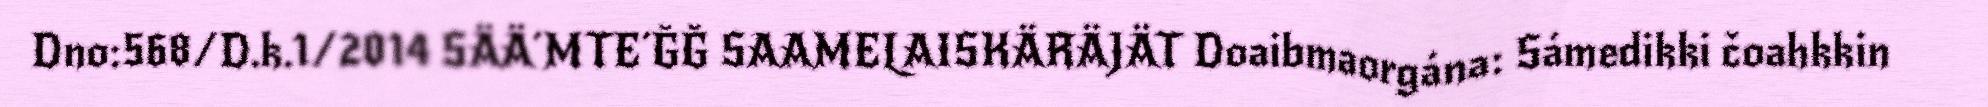
Dno:568/D.k.1/2014 SÄÄ´MTE´ĞĞ SAAMELAISKÄRÄJÄT Doaibmaorgána: Sámedikki čoahkkin